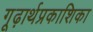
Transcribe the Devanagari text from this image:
गूढ़ार्थप्रकाशिका